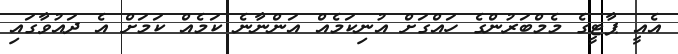
އެއީ ޕާޓީގެ މެމްބަރުންގެ ހައްގަށް އުނިކަމެއް އަންނާނެ ކަމެއް ކަމަށް އެ ދައުވާގައި